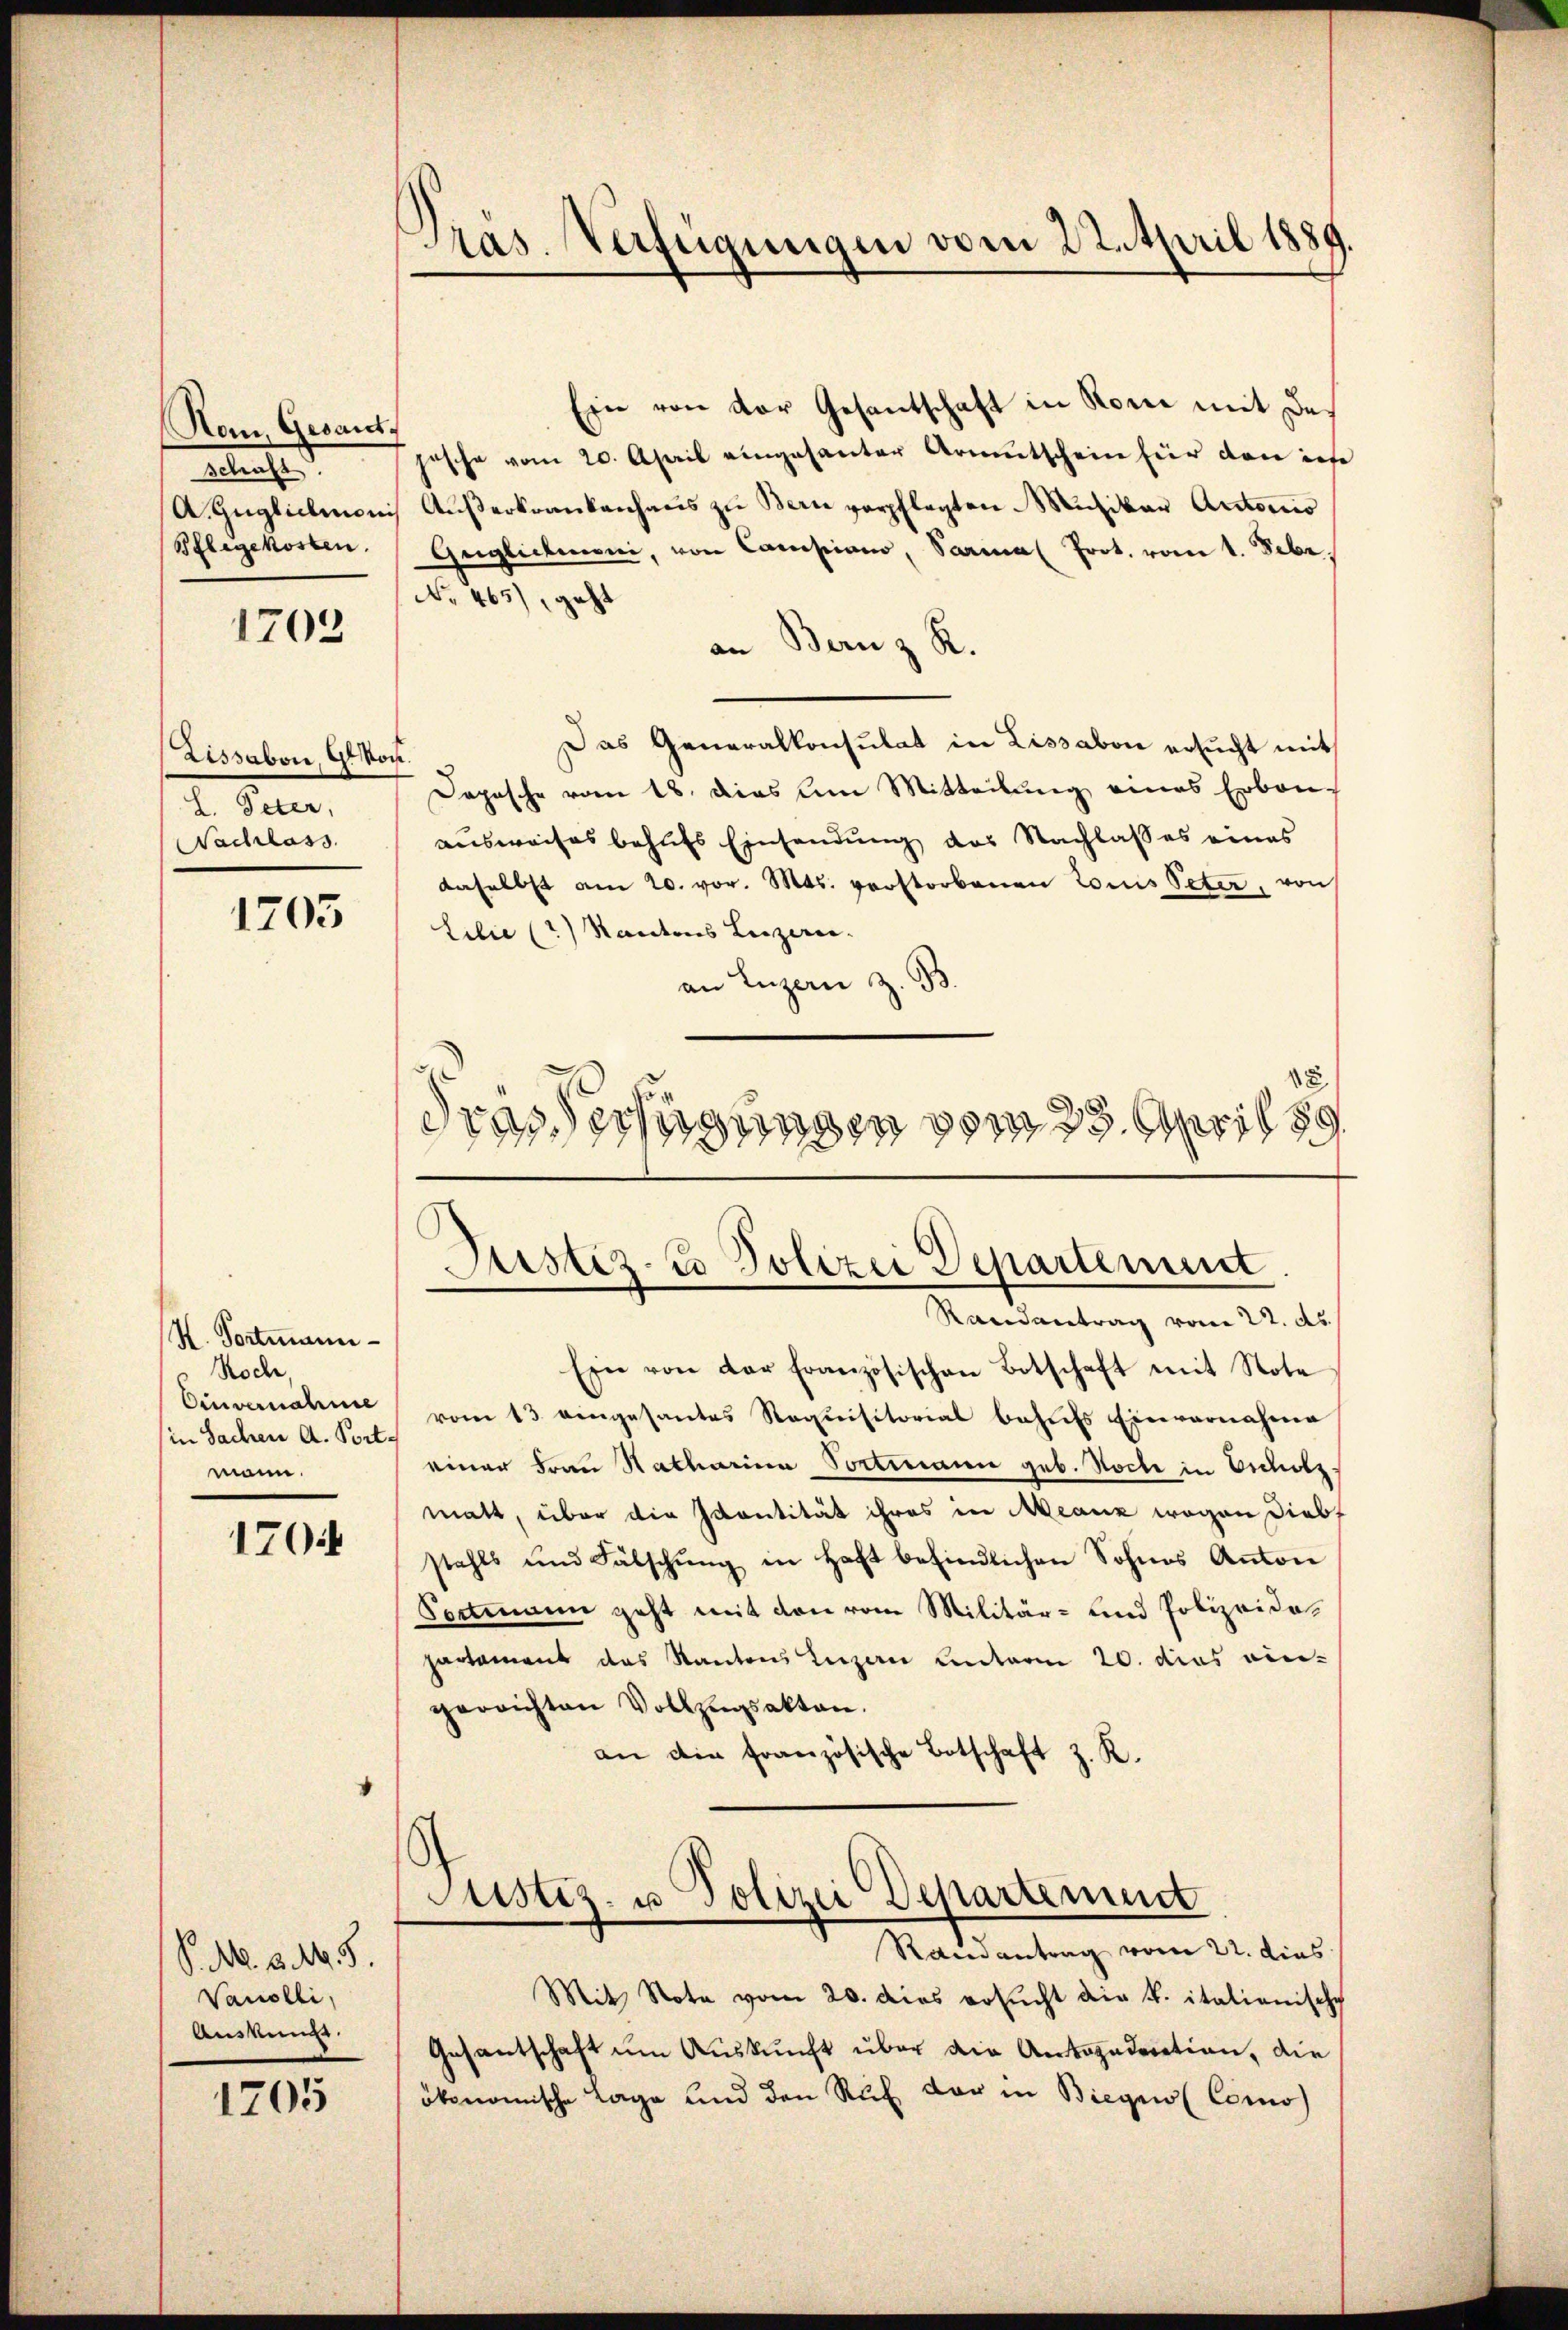
(Na, Gesant.
belaufe d
Pflegekosten.

1703

Lissabon, Gron.
S. Peter,
Nachlass

1703

H. Portmann
Koch,
(in Sachen d. Port
mann.

1704

P. M. v. M. 8.
Vanelli,
Auskun

1205

Pras. Verfügungen vom 22. April 1889.

Ein von vor Gesantschaft in Roni mit des
hasche vom 20. April eingesanter Armutschein für den ins
A. Guglichmani Aŭβerkrankenhaŭs zu Bern verpflegten Musikar Autorio
Geglichenoni, von Campiano, Parmal Prot. vom 1. Febr.
No 465), geht
an Bernz R.
Das Generalkonsulat in Lissabon ersucht mit
Depesche vom 18. dies um Mitteilung eines Erbauausweises behufs Einsendung des Nachlasses eines
daselbst am 20. vor. Mts. verstorbenen Louis Peter, von
Lilie (?) Kantons Luzern.
an Luzern z. B.
8
s
Frassersagungen vom 29. April 189
.

Ein von der Französischen Botschaft mit Note
Einvernahme vom 13. eingesantes Requisitorial behŭfs Einvernahme
einer Frau Natharina Portmann geb. Hoche in Escholzmatt, über die Ivantität ihres in Meanz wegen Diebs
stahls und Fälschŭng in Haft befindlichen Sohnes Anton
Sortmann geht mit den vom Militär- und Polizeidepartament das Kantons Luzern unterm 20. dies ein-
gerrichten Vollzugsakten.
an die französische Botschaft z. R.

Justiz- & Polizei Departement
Randantrag vom 22. ds.

Justiz- u Polizei Departement

Randantrag vom 22. dies
Mit Note vom 20. dies ersŭcht die k. italienische
Gesantschaft um Auskunft über die Antogaderation, die
ökonomische Lage und den Ruf der in Biegen (Como